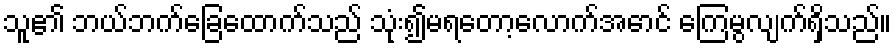
သူ၏ ဘယ်ဘက်ခြေထောက်သည် သုံး၍မရတော့လောက်အောင် ကြေမွလျက်ရှိသည်။